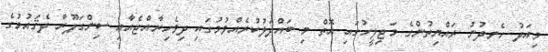
މިއަދު ހެނދުނު ރައްޔިތުންގެ މަޖިލީހުގައި އޮތް މި ބައްދަލުކުރެއްވުމުގައި ދިވެހިރާއްޖެއާއި ސިންގަޕޫރާ ދެޤައުމުގެ